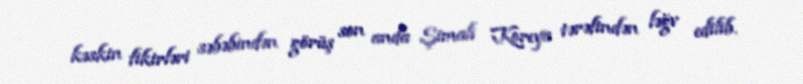
kəskin fikirləri səbəbindən görüş son anda Şimali Koreya tərəfindən ləğv edilib.